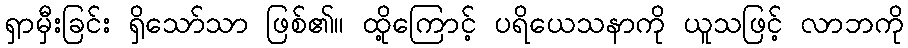
ရှာမှီးခြင်း ရှိသော်သာ ဖြစ်၏။ ထို့ကြောင့် ပရိယေသနာကို ယူသဖြင့် လာဘကို